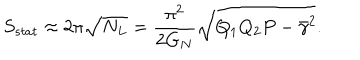
S _ { s t a t } \approx 2 \pi \sqrt { N _ { L } } = { \frac { \pi ^ { 2 } } { 2 G _ { N } } } \sqrt { Q _ { 1 } Q _ { 2 } P - \bar { \gamma } ^ { 2 } } .